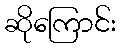
ဆိုကြောင်း